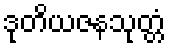
ဒုတိယဇနသုတ္တံ